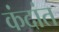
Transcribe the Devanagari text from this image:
कंदांत